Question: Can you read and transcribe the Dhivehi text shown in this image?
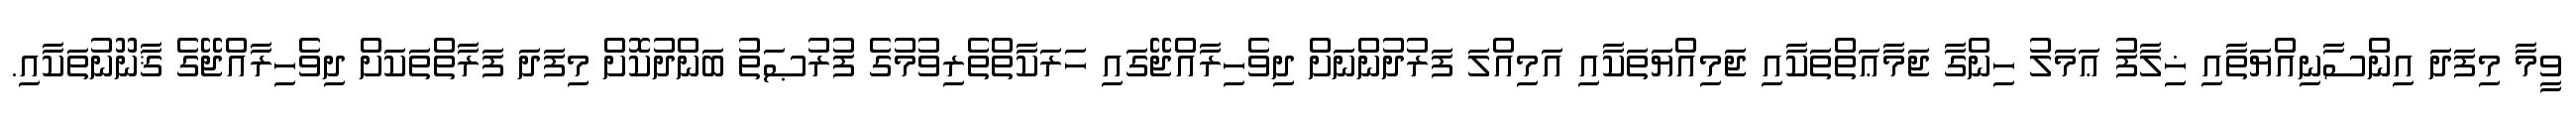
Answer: ވީމާ މިފަދަ އިންސާނިއްޔަތާއި ޚިލާފު ޢަމަލު ހިންގާ ޖަމާޢަތްތަކާއި ޖަމިއްޔަތަކާއި އަމިއްލަ ފަރުދުންނަށް ދިވެހިރާއްޖޭގައި ހަރަކާތްތެރިވުމުގެ ފުރުޞަތު ބަންދުކޮށް މިފަދަ ފަރާތްތަކަށް ދިވެހިރާއްޖޭގެ ޤާނޫނުތަކާއި.